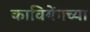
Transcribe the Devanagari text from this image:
कावियेंगच्या